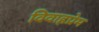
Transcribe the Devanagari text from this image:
विवाहप्रेम